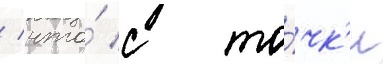
/ что́ с то́чк'и